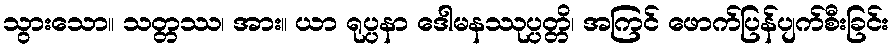
သွားသော။ သတ္တဿ၊ အား။ ယာ ရုပ္ပနာ ဒေါမနဿုပ္ပတ္တိ၊ အကြင် ဖောက်ပြန်ပျက်စီးခြင်း